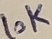
Text: 10K